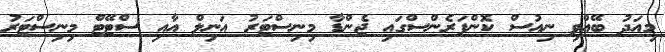
މިއަދު ބޭއްވި ނިއުސް ކޮންފަރެންސްގައި ޖެންޑާ މިނިސްޓަރު އަނިލް އާއި ސްޓޭޓް މިނިސްޓަރު